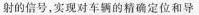
射的信号，实现对车辆的精确定位和导